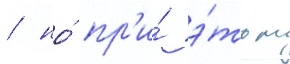
/ но́ пр'и́ э́том